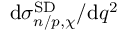
\mathrm { d } \sigma _ { n / p , \chi } ^ { \mathrm { S D } } / \mathrm { d } q ^ { 2 }